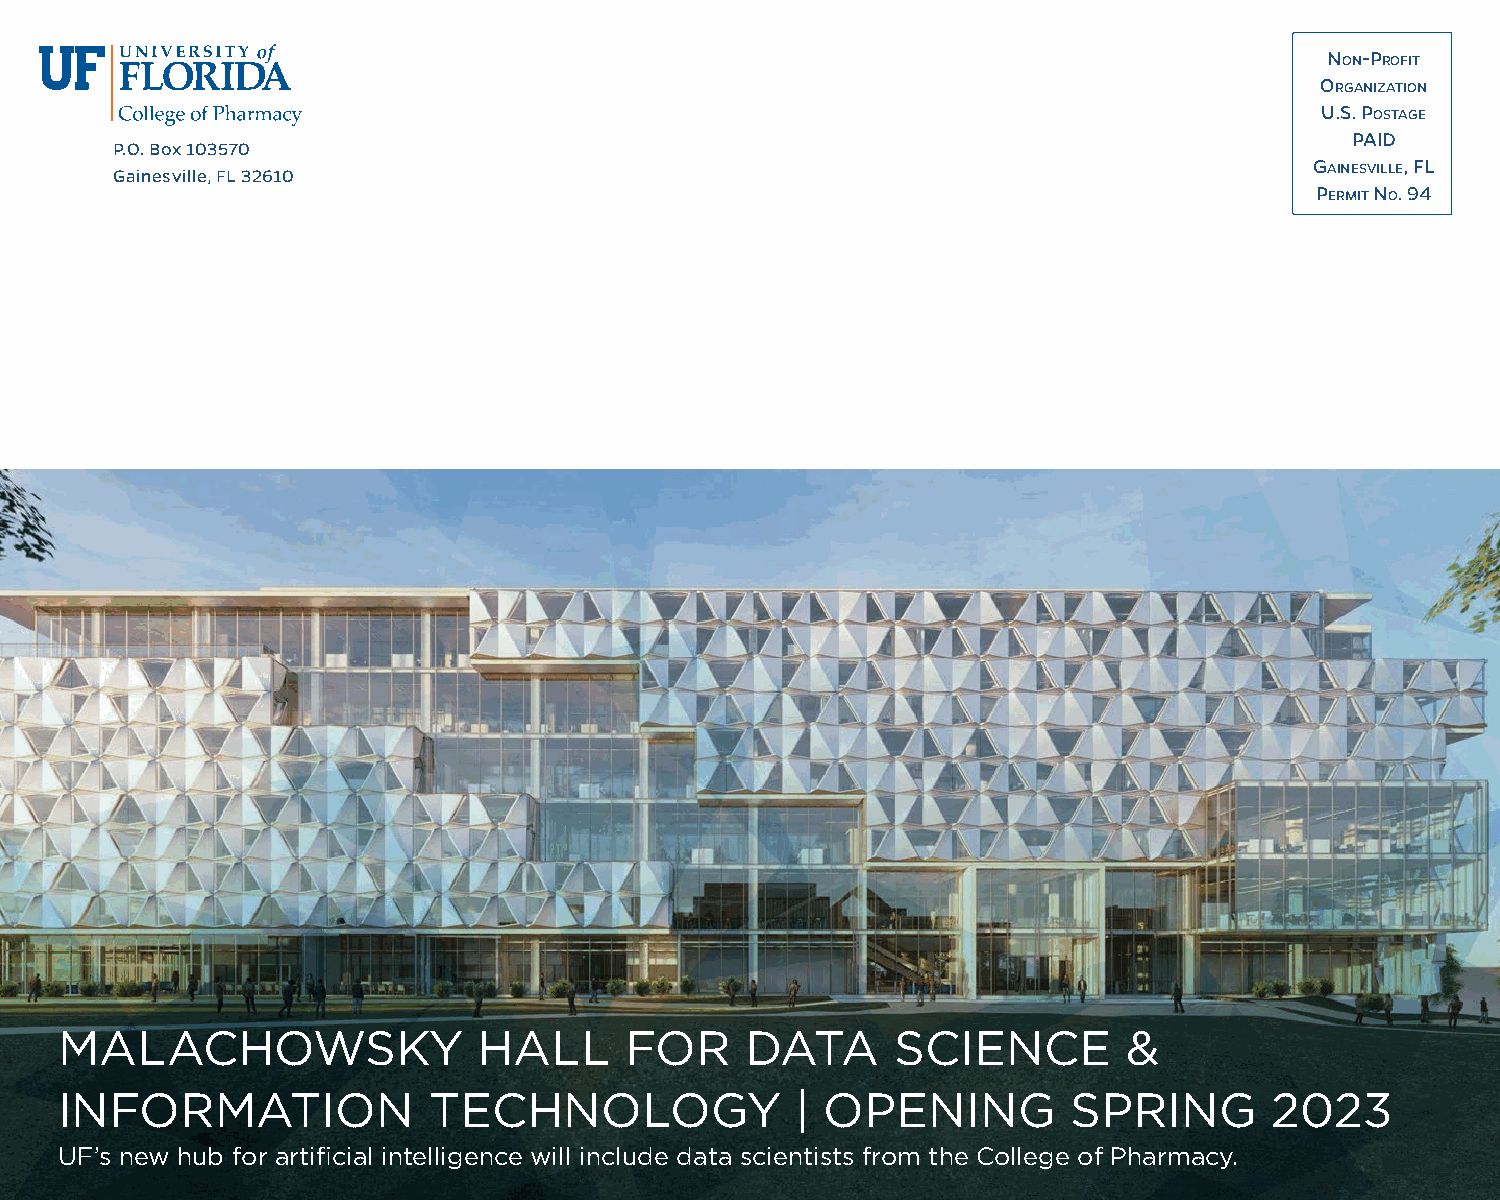
NoN-Profit
 orgaNizatioN
 U.S. PoStage
 PaiD
 P.O. Box 103570
 Gainesville, FL 32610
 gaiNeSville, fl
 Permit No. 94
 MALACHOWSKY                 HALL     FOR     DATA      SCIENCE         &
 INFORMATION             TECHNOLOGY               | OPENING         SPRING       2023
 UF’s new hub for artificial intelligence will include data scientists from the College of Pharmacy.